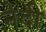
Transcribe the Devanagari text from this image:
नेदी